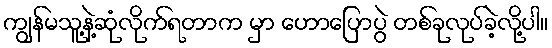
ကျွန်မသူ့နဲ့ဆုံလိုက်ရတာက မှာ ဟောပြောပွဲ တစ်ခုလုပ်ခဲ့လို့ပါ။